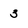
Character: 3